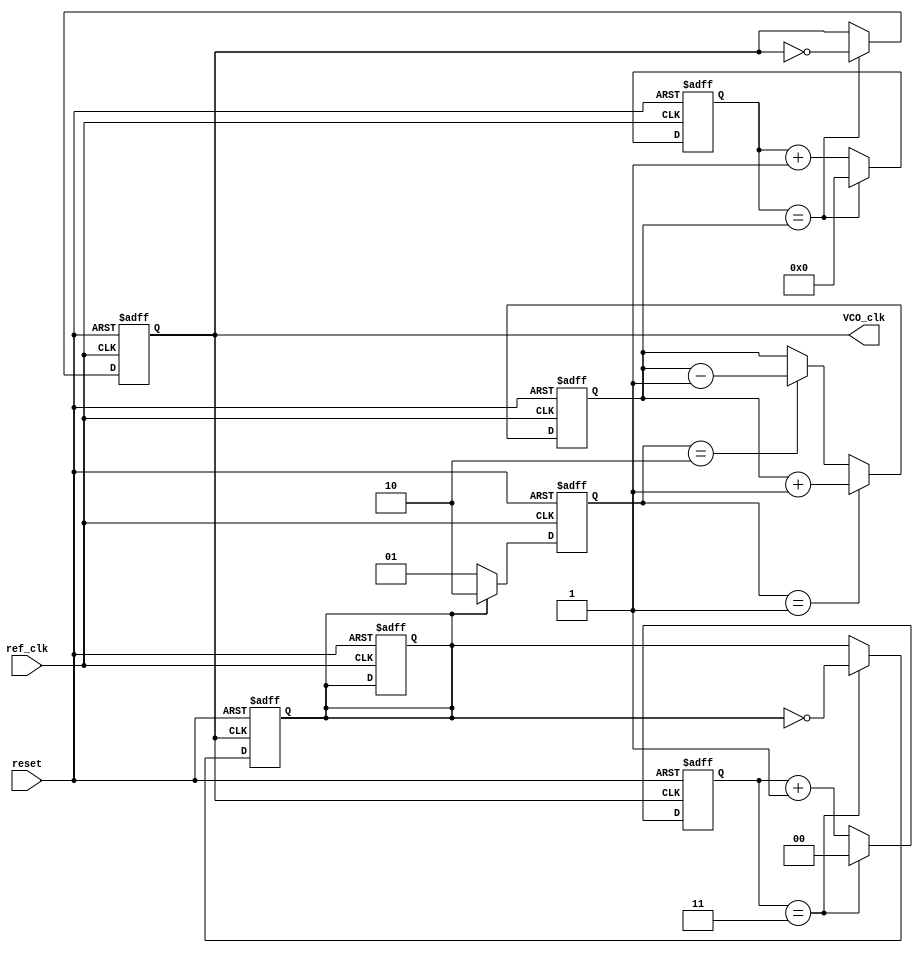
module dpll (
    input wire ref_clk,        // Reference clock input
    input wire reset,         // Asynchronous reset
    output reg VCO_clk        // VCO output clock
);

// Phase Detector
reg [1:0] phase_error;      // Phase error signal
reg fb_clk;                 // Feedback clock signal

always @(posedge ref_clk or posedge reset) begin
    if (reset) begin
        phase_error <= 2'b00;
        fb_clk <= 1'b0;
    end else begin
        // Simple phase detection logic
        // Assuming fb_clk is sampled at ref_clk
        if (fb_clk == 1'b0) begin
            phase_error <= 2'b01; // Positive error
        end else if (fb_clk == 1'b1) begin
            phase_error <= 2'b10; // Negative error
        end else begin
            phase_error <= 2'b00; // No error
        end
    end
end

// Loop Filter (PI Filter)
reg [7:0] Vctrl;            // Control voltage for VCO

always @(posedge ref_clk or posedge reset) begin
    if (reset) begin
        Vctrl <= 8'b0;
    end else begin
        // Proportional-Integral control
        if (phase_error == 2'b01) begin
            Vctrl <= Vctrl + 8'd1; // Increase control voltage
        end else if (phase_error == 2'b10) begin
            Vctrl <= Vctrl - 8'd1; // Decrease control voltage
        end
        // Add integral action if needed
    end
end

// Voltage-Controlled Oscillator (VCO)
reg [3:0] vco_count;        // VCO count for generating VCO_clk

always @(posedge ref_clk or posedge reset) begin
    if (reset) begin
        vco_count <= 4'b0;
        VCO_clk <= 1'b0;
    end else begin
        // Adjust VCO frequency based on control voltage
        if (vco_count == Vctrl) begin
            VCO_clk <= ~VCO_clk;  // Toggle VCO clock output
            vco_count <= 4'b0;     // Reset counter
        end else begin
            vco_count <= vco_count + 1;
        end
    end
end

// Feedback Path (Frequency Divider)
reg [1:0] divider_count;    // Divide by 4 for feedback
always @(posedge VCO_clk or posedge reset) begin
    if (reset) begin
        divider_count <= 2'b0;
        fb_clk <= 1'b0;
    end else begin
        if (divider_count == 2'b11) begin
            fb_clk <= ~fb_clk;   // Toggle feedback clock every 4 VCO clock cycles
            divider_count <= 2'b0; // Reset divider count
        end else begin
            divider_count <= divider_count + 1;
        end
    end
end

endmodule